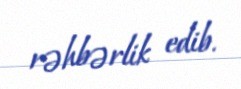
rəhbərlik edib.